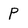
Character: P